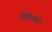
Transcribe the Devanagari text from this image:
स्टैटिका